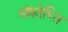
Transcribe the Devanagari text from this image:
संशोध्ति